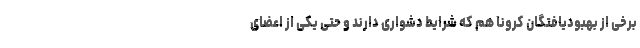
برخی از بهبودیافتگان کرونا هم که شرایط دشواری دارند و حتی یکی از اعضای